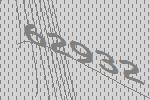
62932